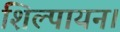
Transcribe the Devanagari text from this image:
शिल्पायन।